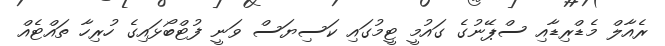
ރެއާލް މެޑްރިޑާއި ސްޕޭނުގެ ގައުމީ ޓީމުގައި ކަސިޔަސް ވަނީ ފުޓްބޯޅައިގެ ހުރިހާ ތައްޓެއް